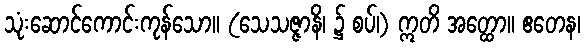
သုံးဆောင်ကောင်းကုန်သော။ (သေသဇ္ဇာနိ၊ ၌ စပ်၊) ဣတိ အတ္ထော။ ဧတေန၊